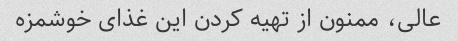
عالی، ممنون از تهیه کردن این غذای خوشمزه